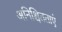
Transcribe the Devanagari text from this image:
अनिश्चितताएं